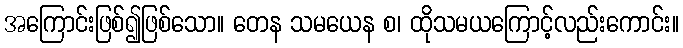
အကြောင်းဖြစ်၍ဖြစ်သော။ တေန သမယေန စ၊ ထိုသမယကြောင့်လည်းကောင်း။